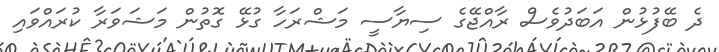
ދެ ބޭފުޅުން އަބަދުވެސް ރާއްޖޭގެ ސިޔާސީ މަޝްރަހާ ގުޅޭ ގޮތުން މަޝަވަރާ ކުރައްވައި